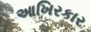
આખિરકાર